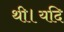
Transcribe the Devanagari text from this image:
थी।यदि